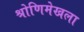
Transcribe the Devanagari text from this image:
श्रोणिमेखला